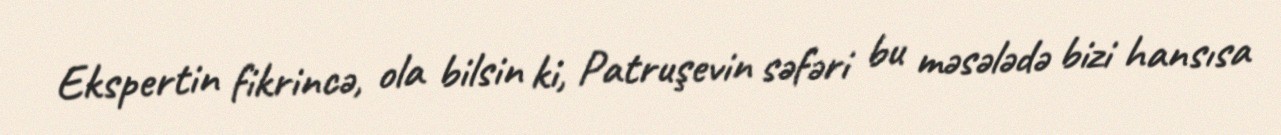
Ekspertin fikrincə, ola bilsin ki, Patruşevin səfəri bu məsələdə bizi hansısa